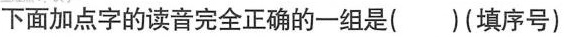
下面加点字的读音完全正确的一组是()(填序号)